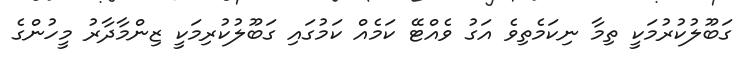
ގަބޫލުކުރުމަކީ ތިމާ ނިކަމެތިވެ އަގު ވެއްޓޭ ކަމެއް ކަމުގައި ގަބޫލުކުރިމަކީ ޒިންމާދާރު މީހުންގެ